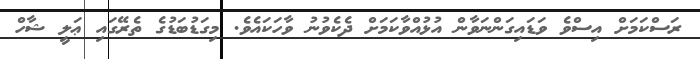
ރަސްކަމަށް އިސްވެ ވަޑައިގަންނަވާން އުޅުއްވާކަމަށް ދެކެވުނު ވާހަކައެވެ. މިގަޑުބަޑުގެ ތެރޭގައި ޢަލީ ޝާހް